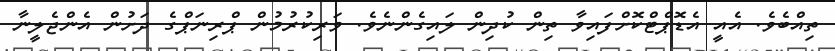
ތިއްބެވެ. އެއީ އެޑޮޕްޓްކޮށްފައިވާ ތިން ކުދިން ލައިގެންނެވެ. ވަރިކުރުމުން ޕްރިނަޕްގެ ދަށުން އެންޖެލީނާ